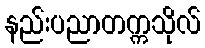
နည်းပညာတက္ကသိုလ်